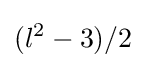
(l^{2}-3)/2